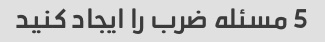
5 مسئله ضرب را ایجاد کنید